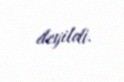
deyildi.